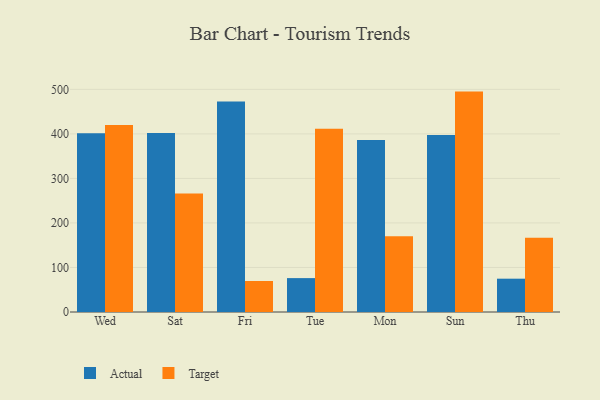
{"axis": {"x": "Day", "y": "Production Output"}, "legend": ["Actual", "Target"], "data": [{"x": "Wed", "y": 401.4, "type": "Actual"}, {"x": "Wed", "y": 419.9, "type": "Target"}, {"x": "Sat", "y": 401.7, "type": "Actual"}, {"x": "Sat", "y": 266.2, "type": "Target"}, {"x": "Fri", "y": 472.6, "type": "Actual"}, {"x": "Fri", "y": 69.6, "type": "Target"}, {"x": "Tue", "y": 76.1, "type": "Actual"}, {"x": "Tue", "y": 411.7, "type": "Target"}, {"x": "Mon", "y": 386.3, "type": "Actual"}, {"x": "Mon", "y": 169.9, "type": "Target"}, {"x": "Sun", "y": 397.2, "type": "Actual"}, {"x": "Sun", "y": 494.9, "type": "Target"}, {"x": "Thu", "y": 74.8, "type": "Actual"}, {"x": "Thu", "y": 166.8, "type": "Target"}]}